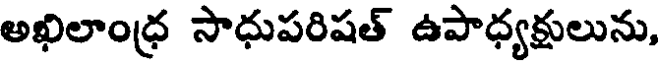
అఖిలాంధ్ర సాధుపరిషత్ ఉపాధ్యక్షులును,